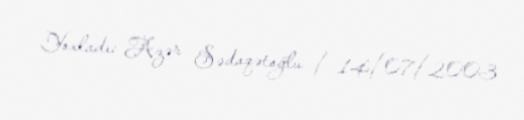
Yoxladı: Azər Sədaqətoğlu / 14/07/2003